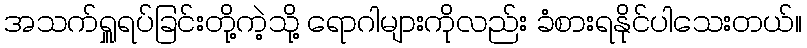
အသက်ရှူရပ်ခြင်းတို့ကဲ့သို့ ရောဂါများကိုလည်း ခံစားရနိုင်ပါသေးတယ်။